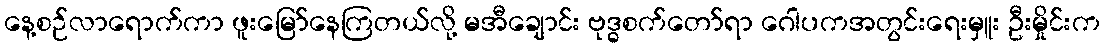
နေ့စဉ်လာရောက်ကာ ဖူးမြော်နေကြတယ်လို့ မအီချောင်း ဗုဒ္ဓစက်တော်ရာ ဂေါပကအတွင်းရေးမှူး ဦးမှိုင်းက